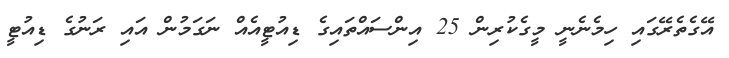
އޭގެތެރޭގައި ހިމެނެނީ މީގެކުރިން 25 އިންސައްތައިގެ ޑިއުޓީއެއް ނަގަމުން އައި ރަނުގެ ޑިއުޓީ